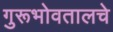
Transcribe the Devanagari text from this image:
गुरूभोवतालचे